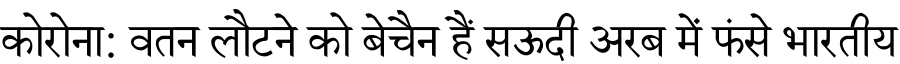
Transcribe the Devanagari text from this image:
कोरोना: वतन लौटने को बेचैन हैं सऊदी अरब में फंसे भारतीय